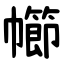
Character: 幯